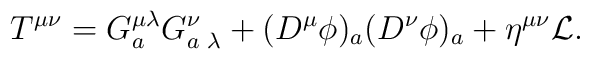
T^{\mu\nu}=G_a^{\mu\lambda}G^{\nu}_{a\,\,\lambda}+(D^\mu\phi)_a (D^\nu\phi)_a+\eta^{\mu\nu}{\cal L}.